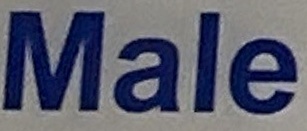
Male